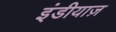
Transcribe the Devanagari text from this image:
इंडीयाज़